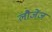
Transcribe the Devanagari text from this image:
लौजेंज